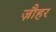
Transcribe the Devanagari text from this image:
ज़ौहर